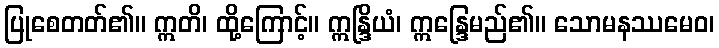
ပြုစေတတ်၏။ ဣတိ၊ ထို့ကြောင့်။ ဣန္ဒြိယံ၊ ဣန္ဒြေမည်၏။ သောမနဿမေဝ၊